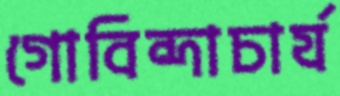
গোবিন্দাচার্য